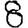
Digit: 8